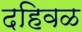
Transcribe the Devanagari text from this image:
दहिवळ